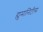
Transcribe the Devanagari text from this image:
ह्युमानिटीस